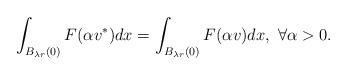
LaTeX: \begin{align*}\int_{B_{\lambda r}(0)} F(\alpha v^*) dx=\int_{B_{\lambda r}(0)} F(\alpha v) dx,~\forall \alpha>0.\end{align*}